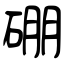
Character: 硼